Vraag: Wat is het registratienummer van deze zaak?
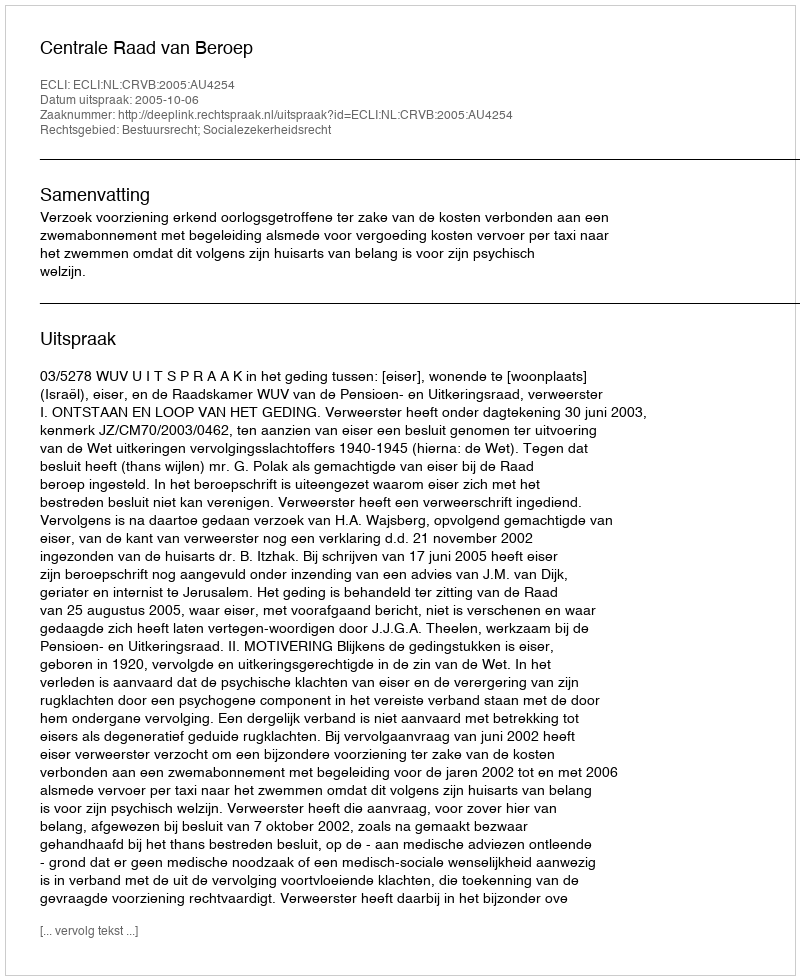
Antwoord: http://deeplink.rechtspraak.nl/uitspraak?id=ECLI:NL:CRVB:2005:AU4254